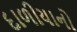
દાળીયાનો